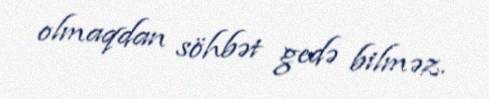
olmaqdan söhbət gedə bilməz.